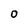
Character: O